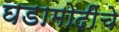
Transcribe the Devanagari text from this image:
घडामोदींचे